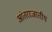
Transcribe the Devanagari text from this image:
आंतररजातीय